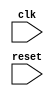
module timing_control_and_sync (
     input wire clk, // input clock signal
     input wire reset, // input reset signal

     // Add other input/output ports as needed

);

// Add Verilog code for timing control and synchronization blocks here

endmodule